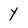
Character: Y